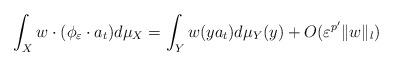
LaTeX: \begin{align*} \int_X w\cdot(\phi_{\varepsilon}\cdot a_t) d\mu_X = \int_Y w(ya_t) d\mu_Y(y) + O(\varepsilon^{p'} \|w\|_l)\end{align*}